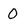
Character: 0